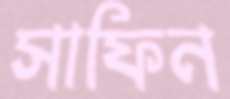
সাফিন